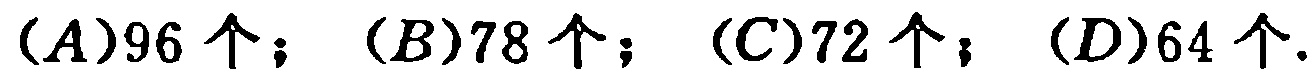
(A)96 个；(B)78 个；(C)72 个；(D)64 个.